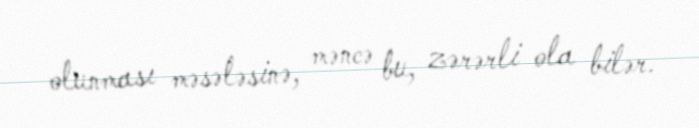
olunması məsələsinə, məncə bu, zərərli ola bilər.